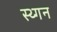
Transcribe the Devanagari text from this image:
स्थ्गन